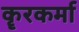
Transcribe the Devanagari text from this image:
कॄरकर्मा